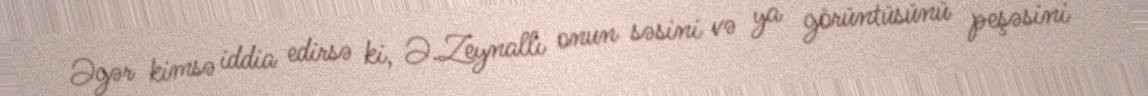
Əgər kimsə iddia edirsə ki, Ə.Zeynallı onun səsini və ya görüntüsünü peşəsini